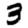
Digit: 3